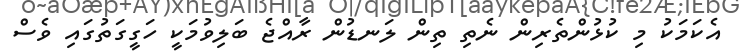
އެކަމަކު މި ކުޅުންތެރިން ނެތި ތިން ލަނޑުން ރާއްޖެ ބަލިވުމަކީ ހަގީގަތުގައި ވެސް